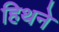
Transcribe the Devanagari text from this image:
हिथने